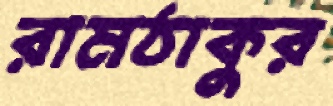
রামঠাকুর